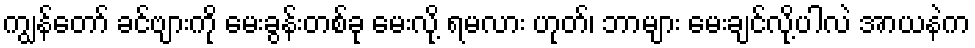
ကျွန်တော် ခင်ဗျားကို မေးခွန်းတစ်ခု မေးလို့ ရမလား ဟုတ်၊ ဘာများ မေးချင်လို့ပါလဲ အာယနဲက